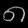
Digit: ၈